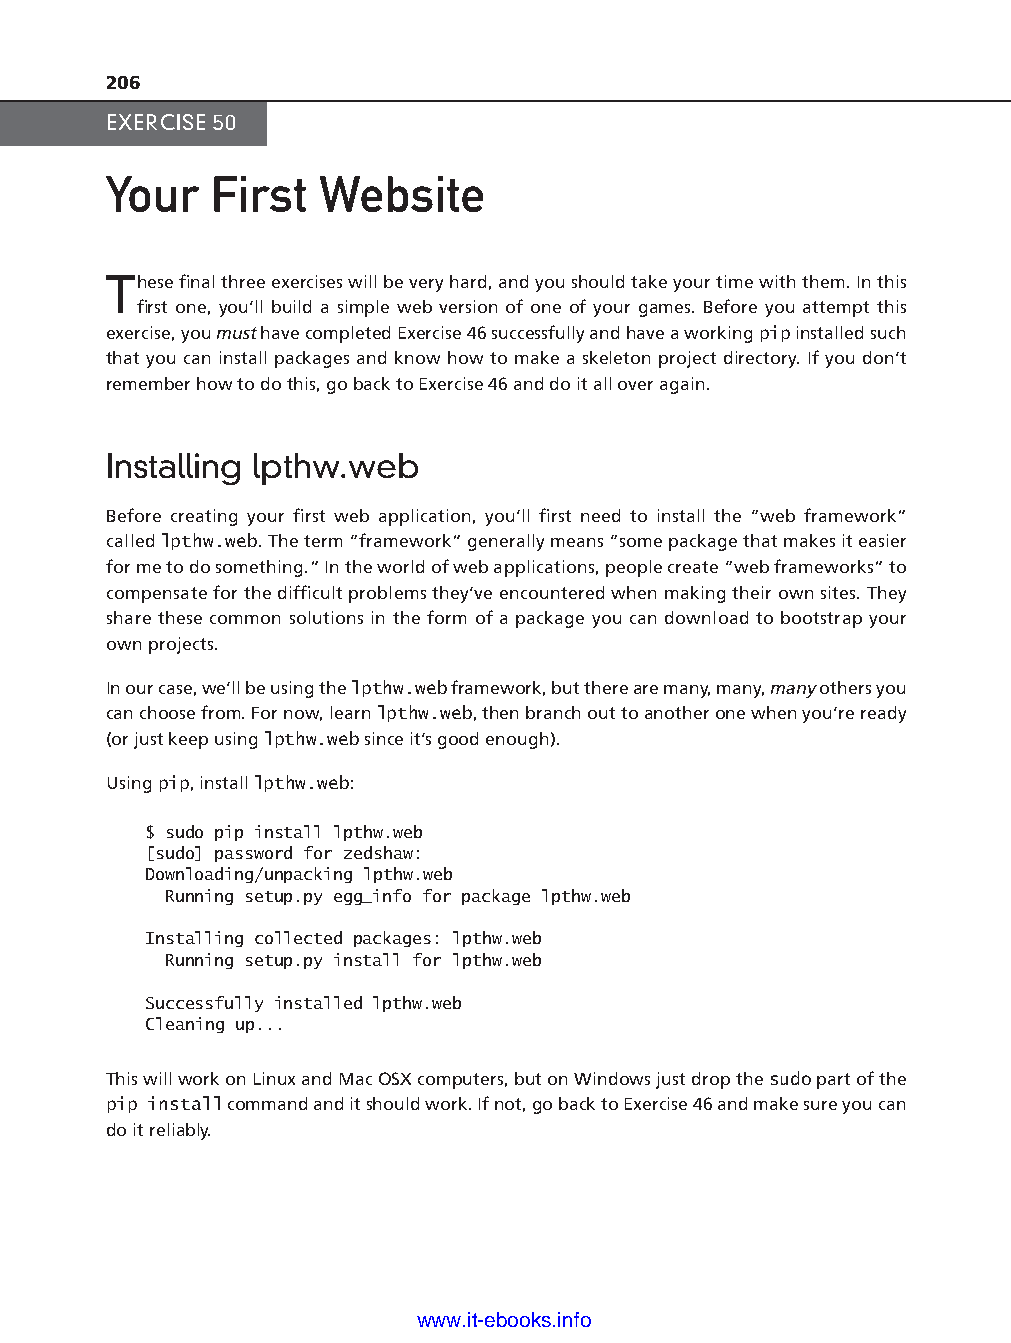
206
 EXERCISE 50
 Your   First  Website
 These fi nal three exercises will be very hard, and you should take your time with them. In this
 fi rst one, you’ll build a simple web version of one of your games. Before you attempt this
 exercise, you must have completed Exercise 46 successfully and have a working pip installed such
 that you can install packages and know how to make a skeleton project directory. If you don’t
 remember how to do this, go back to Exercise 46 and do it all over again.
 Installing lpthw.web
 Before creating your fi rst web application, you’ll fi rst need to install the “web framework”
 called lpthw.web. The term “framework” generally means “some package that makes it easier
 for me to do something.” In the world of web applications, people create “web frameworks” to
 compensate for the diffi cult problems they’ve encountered when making their own sites. They
 share these common solutions in the form of a package you can download to bootstrap your
 own projects.
 ptg11539604
 In our case, we’ll be using the lpthw.web framework, but there are many, many, many others you
 can choose from. For now, learn lpthw.web, then branch out to another one when you’re ready
 (or just keep using lpthw.web since it’s good enough).
 Using pip, install lpthw.web:
 $ sudo pip install lpthw.web
 [sudo] password for zedshaw:
 Downloading/unpacking lpthw.web
 Running setup.py egg_info for package lpthw.web
 Installing collected packages: lpthw.web
 Running setup.py install for lpthw.web
 Successfully installed lpthw.web
 Cleaning up...
 This will work on Linux and Mac OSX computers, but on Windows just drop the sudo part of the
 pip install command and it should work. If not, go back to Exercise 46 and make sure you can
 do it reliably.
 www.it-ebooks.info